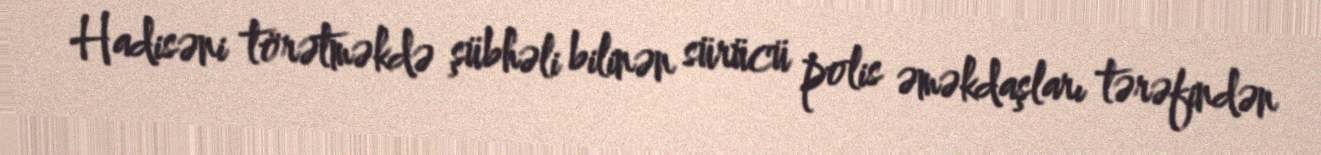
Hadisəni törətməkdə şübhəli bilinən sürücü polis əməkdaşları tərəfindən